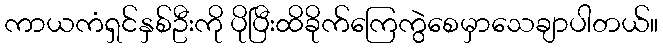
ကာယကံရှင်နှစ်ဦးကို ပိုပြီးထိခိုက်ကြေကွဲစေမှာသေချာပါတယ်။